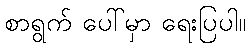
စာရွက် ပေါ်မှာ ရေးပြပါ။